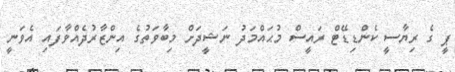
ޕީ ގެ ރިޔާސީ ކެންޑިޑޭޓް ރައީސް މުޙައްމަދު ނަޝީދަށް މިބާވަތުގެ އިންޒާރުދެއްވާފައި އެވަނީ